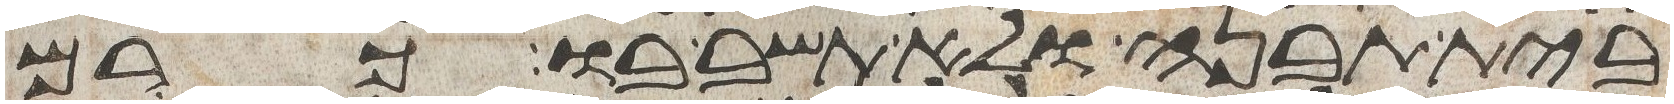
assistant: בית תבנה ולא תשב בו כרם